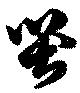
哭